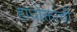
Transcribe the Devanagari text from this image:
हाघोक्ताची